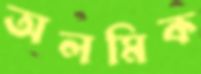
অলমিক